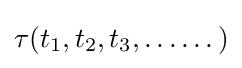
\tau (t_{1},t_{2},t_{3},\dots \dots )